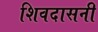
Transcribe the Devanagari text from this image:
शिवदासनी